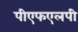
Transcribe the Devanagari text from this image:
पीएफएलपी